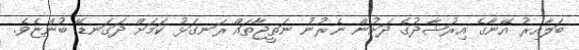
ބަލާއިރު އޭނާގެ އިރުޝާދުގެ ދަށުން ނެރުނު ނަތީޖާތައް ރަނގަޅު ކަމަށް ދަގަނޑޭ ބުންޏެވެ.